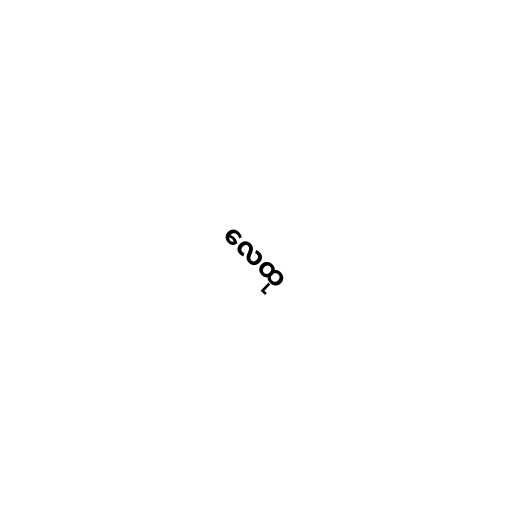
လေထု